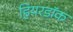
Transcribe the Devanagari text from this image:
हियरडॉक